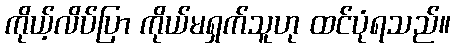
ကိုယ့်လိပ်ပြာ ကိုယ်မရှက်သူဟု ထင်ပုံရသည်။